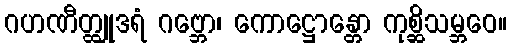
ဂဟဏီတ္ထျုဒရံ ဂဗ္ဘော၊ ကောဋ္ဌောန္တော ကုစ္ဆိသမ္ဘဝေ။